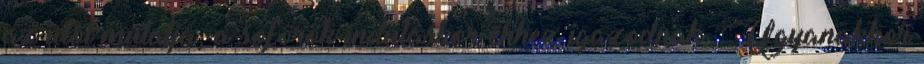
az időt mutatja, a sofőrök induláskor ehhez igazodnak. Ugyanakkor